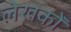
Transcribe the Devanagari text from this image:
लेखकोँ